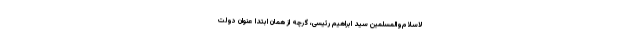
لاسلام‌والمسلمین سید ابراهیم رئیسی، گرچه از همان ابتدا عنوان دولت